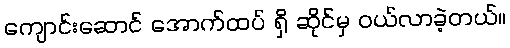
ကျောင်းဆောင် အောက်ထပ် ရှိ ဆိုင်မှ ဝယ်လာခဲ့တယ်။